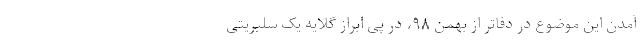
آمدن این موضوع در دفاتر از بهمن ۹۸، در پی ابراز گلایه یک سلبریتی